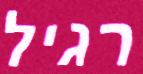
רגיל